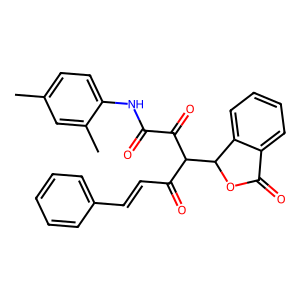
SMILES: Cc1ccc(NC(=O)C(=O)C(C(=O)C=Cc2ccccc2)C2OC(=O)c3ccccc32)c(C)c1
Inhibits HIV replication: No